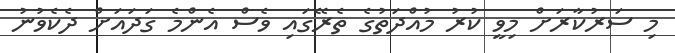
މި ސަރުކާރަށް މިވީ ކުރު މުއްދަތުގެ ތެރޭގައި ވެސް އެންމެ ގަދައަށް ދެކެވުނު